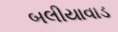
બલીયાવાડ